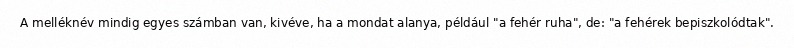
A melléknév mindig egyes számban van, kivéve, ha a mondat alanya, például "a fehér ruha", de: "a fehérek bepiszkolódtak".